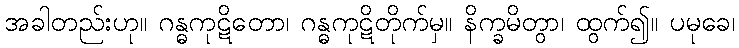
အခါတည်းဟု။ ဂန္ဓကုဋိတော၊ ဂန္ဓကုဋိတိုက်မှ။ နိက္ခမိတွာ၊ ထွက်၍။ ပမုခေ၊